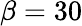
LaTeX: \beta=30